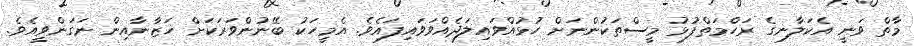
މާތް ވަނީ އެކަލާނގެ ރަހްމަތްފުޅު މީސްތަކުންނަށް ހުޅުއްވައިލަދެއްވަވައިފައެވެ. އެމީހަކު ބޭނުންވަރަކަށް ޚަޒާނާއިން ނަގަންވީއެވެ.